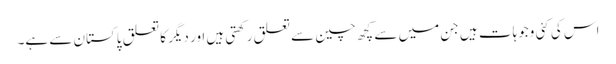
اس کی کئی وجوہات ہیں جن میں سے کچھ چین سے تعلق رکھتی ہیں اور دیگر کا تعلق پاکستان سے ہے۔